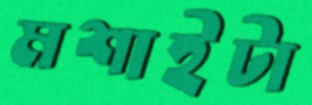
মশাইটা